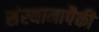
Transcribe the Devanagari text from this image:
संस्थानापैकी